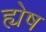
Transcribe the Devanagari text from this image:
ह्येष